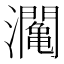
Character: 𤄡